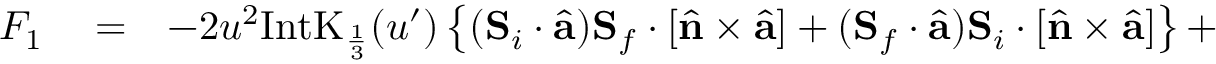
\begin{array} { r l r } { F _ { 1 } } & { { } = } & { - 2 u ^ { 2 } \mathrm { I n t K } _ { \frac { 1 } { 3 } } ( u ^ { \prime } ) \left\{ ( { \bf S } _ { i } \cdot \hat { \bf a } ) { \bf S } _ { f } \cdot \left[ \hat { \bf n } \times \hat { \bf a } \right] + ( { \bf S } _ { f } \cdot \hat { \bf a } ) { \bf S } _ { i } \cdot \left[ \hat { \bf n } \times \hat { \bf a } \right] \right\} + } \end{array}